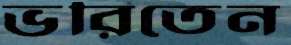
ভরিতেন